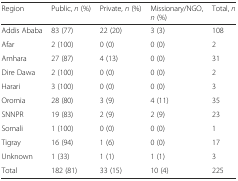
<table><thead><tr><td><b>Region</b></td><td><b>Public, <i>n</i> (%)</b></td><td><b>Private, <i>n</i> (%)</b></td><td><b>Missionary/NGO, <i>n</i> (%)</b></td><td><b>Total, <i>n</i></b></td></tr></thead><tbody><tr><td>Addis Ababa</td><td>83 (77)</td><td>22 (20)</td><td>3 (3)</td><td>108</td></tr><tr><td>Afar</td><td>2 (100)</td><td>0 (0)</td><td>0 (0)</td><td>2</td></tr><tr><td>Amhara</td><td>27 (87)</td><td>4 (13)</td><td>0 (0)</td><td>31</td></tr><tr><td>Dire Dawa</td><td>2 (100)</td><td>0 (0)</td><td>0 (0)</td><td>2</td></tr><tr><td>Harari</td><td>3 (100)</td><td>0 (0)</td><td>0 (0)</td><td>3</td></tr><tr><td>Oromia</td><td>28 (80)</td><td>3 (9)</td><td>4 (11)</td><td>35</td></tr><tr><td>SNNPR</td><td>19 (83)</td><td>2 (9)</td><td>2 (9)</td><td>23</td></tr><tr><td>Somali</td><td>1 (100)</td><td>0 (0)</td><td>0 (0)</td><td>1</td></tr><tr><td>Tigray</td><td>16 (94)</td><td>1 (6)</td><td>0 (0)</td><td>17</td></tr><tr><td>Unknown</td><td>1 (33)</td><td>1 (1)</td><td>1 (1)</td><td>3</td></tr><tr><td>Total</td><td>182 (81)</td><td>33 (15)</td><td>10 (4)</td><td>225</td></tr></tbody></table>